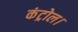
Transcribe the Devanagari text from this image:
कंट्रोल।